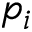
p _ { i }